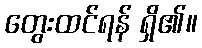
တွေးထင်ရန် ရှိ၏။